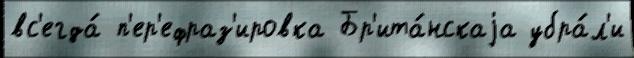
вс'егда́ п'ер'ефраз'ировка Бр'ита́нскаjа убра́л'и